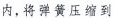
内，将弹簧压缩到